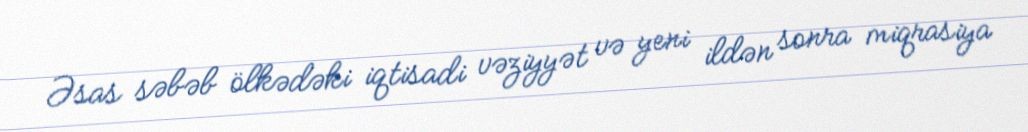
Əsas səbəb ölkədəki iqtisadi vəziyyət və yeni ildən sonra miqrasiya